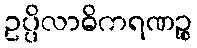
ဥပ္ပိလာဓိကရဏဉ္စ